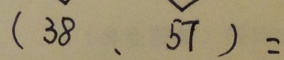
( 3 8 、 5 7 ) =